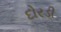
દોરડી